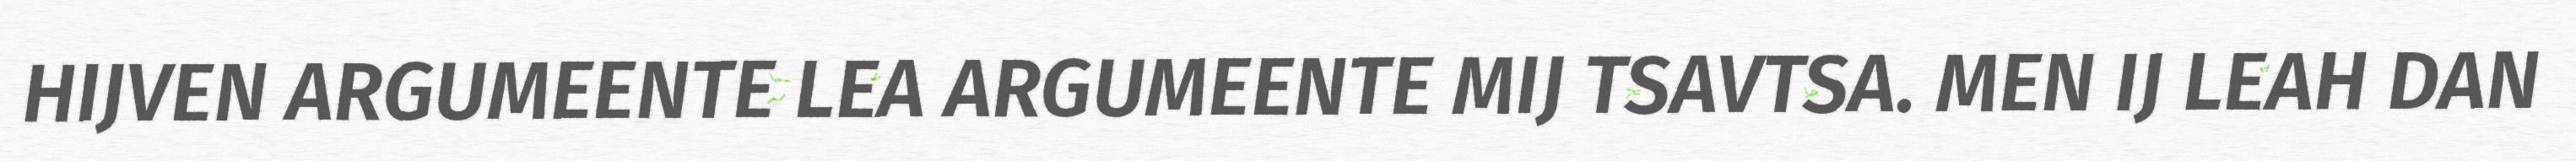
HIJVEN ARGUMEENTE LEA ARGUMEENTE MIJ TSAVTSA. MEN IJ LEAH DAN